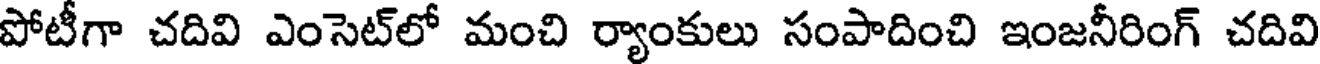
పోటీగా చదివి ఎంసెట్లో మంచి ర్యాంకులు సంపాదించి ఇంజనీరింగ్ చదివి